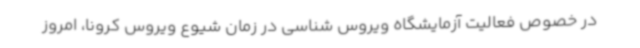
در خصوص فعالیت آزمایشگاه ویروس شناسی در زمان شیوع ویروس کرونا، امروز